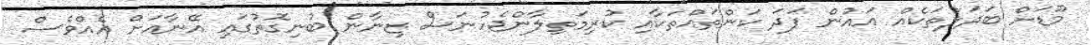
މޫޑަށް ބަދަލުތަކެއް އައުން ފަދަ ކަންތައްތަކާއި ކުރިމަތިލާންޖެހުނަސް ޒިނާން ބުނިގޮތުގައި އޭނާއަށް އެއްވެސް